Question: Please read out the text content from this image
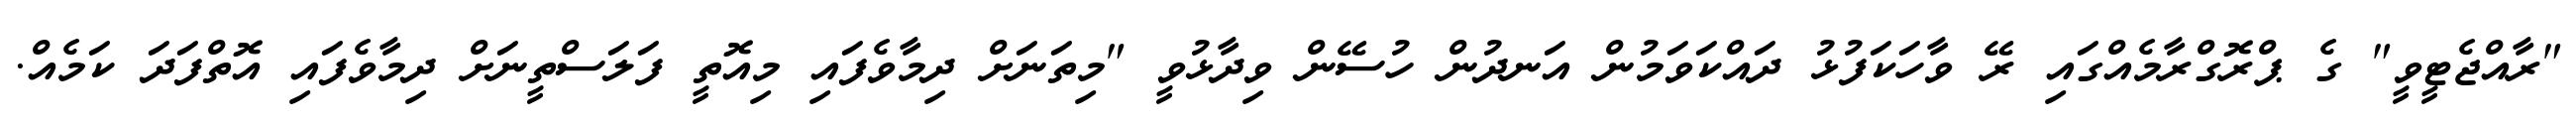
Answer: "ރާއްޖެޓީވީ" ގެ ޕްރޮގްރާމެއްގައި ރޭ ވާހަކަފުޅު ދައްކަވަމުން އަނދުން ހުސޭން ވިދާޅުވީ "މިތަނަށް ދިމާވެފައި މިއޮތީ ފަލަސްތީނަށް ދިމާވެފައި އޮތްފަދަ ކަމެއް.